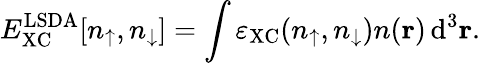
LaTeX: E_{\mathrm{XC}}^{\mathrm{LSDA}}[n_{\uparrow},n_{\downarrow}]=\int\varepsilon_{\mathrm{XC}}(n_{\uparrow},n_{\downarrow})n(\mathbf{r})\, \mathrm{d}^{3}\mathbf{r}.